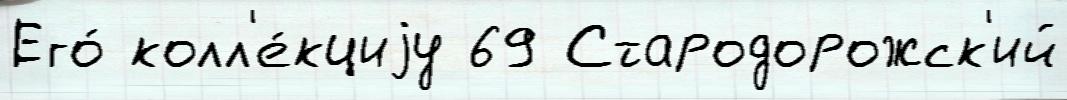
Его́ колл'е́кциjу 69 Стародорожск'ий